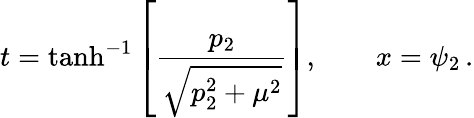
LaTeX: t=\operatorname{tanh}^{-1}\left[\frac{p_{2}}{\sqrt{p_{2}^{2}+\mu^{2}}}\right],\qquad x=\psi_{2}\, .